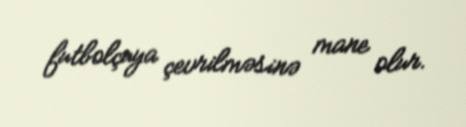
futbolçuya çevrilməsinə mane olur.